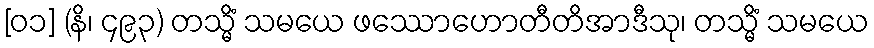
[၀၁] (နိ၊ ၄၉၃) တသ္မိံ သမယေ ဖဿောဟောတီတိအာဒီသု၊ တသ္မိံ သမယေ